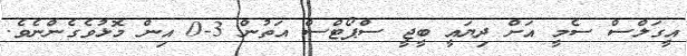
އީގަލްސް ސެމީ އަށް ދިޔައީ ބީޖީ ސްޕޯޓްސް އަތުން 3-0 އިން މޮޅުވެގެންނެވެ.